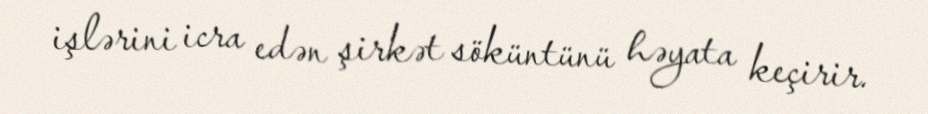
işlərini icra edən şirkət söküntünü həyata keçirir.